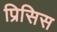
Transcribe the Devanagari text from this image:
प्रिसिस